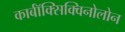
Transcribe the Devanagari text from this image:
कार्बॉक्सिक्विनोलोन